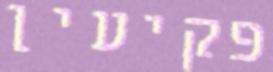
פקיעין